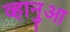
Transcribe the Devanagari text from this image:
व्हानुआ